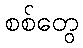
စစ်တွေ